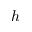
h